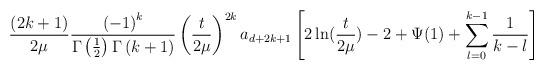
LaTeX: \begin{align*}\frac{(2k+1)}{2\mu}\frac{\left( -1\right)^k}{\Gamma \left( \frac 12\right) \Gamma \left( k+1\right)}\left(\frac{t}{2\mu}\right) ^{2k}a_{d+2k+1}\left[ 2\ln( \frac{t}{2\mu})-2+\Psi(1) +\sum\limits_{l=0}^{k-1}\frac 1{k-l}\right]\end{align*}